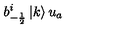
b _ { - \frac { 1 } { 2 } } ^ { i } \left| k \right> u _ { a }